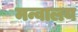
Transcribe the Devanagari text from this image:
मन्वालय